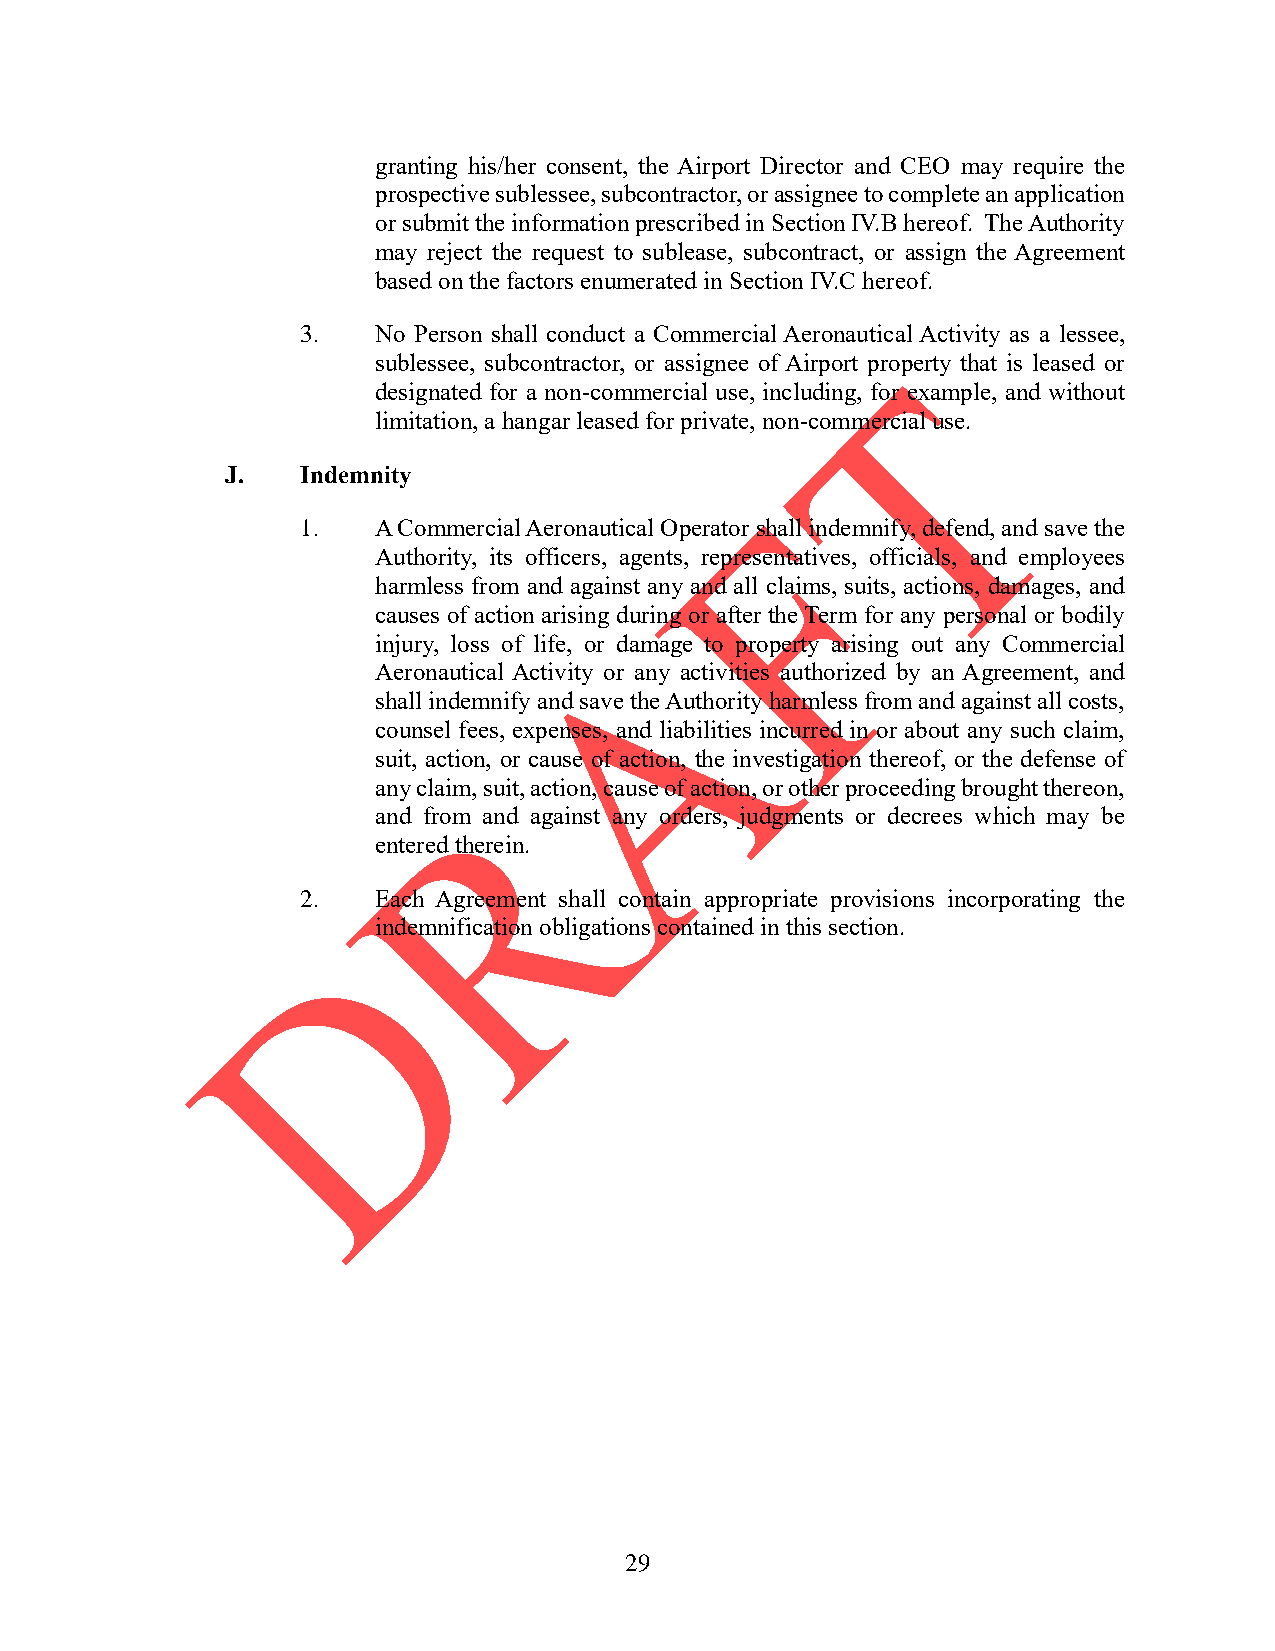
granting his/her consent, the Airport Director and CEO may require the
 prospective sublessee, subcontractor, or assignee to complete an application
 or submit the information prescribed in Section IV.B hereof. The Authority
 may reject the request to sublease, subcontract, or assign the Agreement
 based on the factors enumerated in Section IV.C hereof.
 3.   No Person shall conduct a Commercial Aeronautical Activity as a lessee,
 sublessee, subcontractor, or assignee of Airport property that is leased or
 designated for a non-commercial use, including, for example, and without
 limitation, a hangar leased for private, non-commercial use.
 J.   Indemnity
 1.   A Commercial Aeronautical Operator shall indemnify, defend, and save the
 Authority, its officers, agents, representatives, officials, and employees
 harmless from and against any and all claims, suits, actions, damages, and
 causes of action arising during or after the Term for any personal or bodily
 injury, loss of life, or damage to property arising out any Commercial
 Aeronautical Activity or any activities authorized by an Agreement, and
 shall indemnify and save the Authority harmless from and against all costs,
 counsel fees, expenses, and liabilities incurred in or about any such claim,
 suit, action, or cause of action, the investigation thereof, or the defense of
 any claim, suit, action, cause of action, or other proceeding brought thereon,
 and from and against any orders, judgments or decrees which may be
 entered therein.
 2.   Each Agreement shall contain appropriate provisions incorporating the
 indemnification obligations contained in this section.
 29